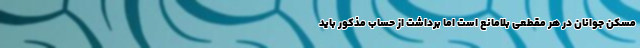
مسکن جوانان در هر مقطعی بلامانع است اما برداشت از حساب مذکور باید